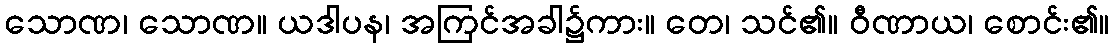
သောဏ၊ သောဏ။ ယဒါပန၊ အကြင်အခါ၌ကား။ တေ၊ သင်၏။ ဝီဏာယ၊ စောင်း၏။